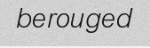
berouged